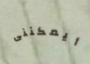
أيمكننى